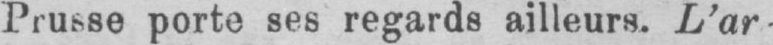
Prusse porte ses regards ailleurs. L’ar-